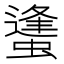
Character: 䗬